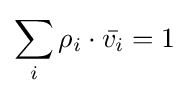
\sum _{i}\rho _{i}\cdot {\bar {v_{i}}}=1